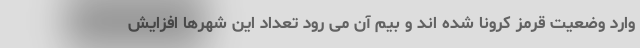
وارد وضعیت قرمز کرونا شده اند و بیم آن می رود تعداد این شهرها افزایش